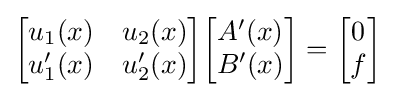
{\begin{bmatrix}u_{1}(x)&u_{2}(x)\\u_{1}'(x)&u_{2}'(x)\end{bmatrix}}{\begin{bmatrix}A'(x)\\B'(x)\end{bmatrix}}={\begin{bmatrix}0\\f\end{bmatrix}}